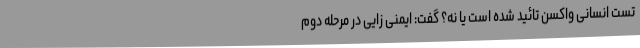
تست انسانی واکسن تائید شده است یا نه؟ گفت: ایمنی زایی در مرحله دوم